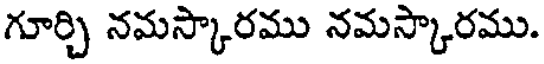
గూర్చి నమస్కారము నమస్కారము.